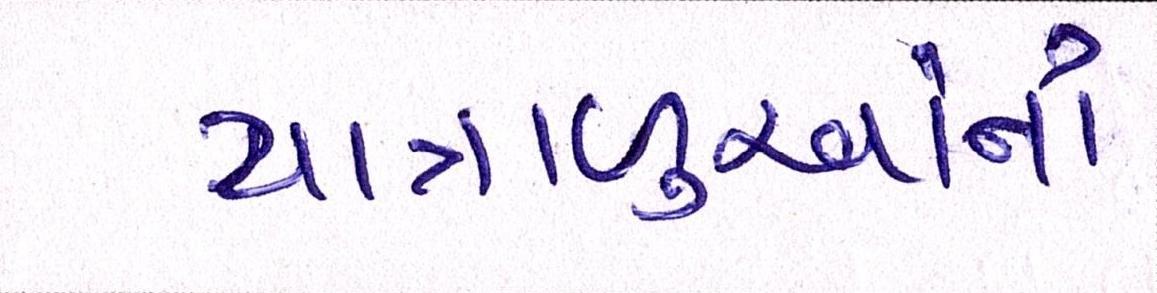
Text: યાત્રાળુઓનો